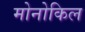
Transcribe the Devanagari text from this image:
मोनोकिल